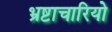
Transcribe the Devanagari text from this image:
भ्रष्टाचारियो